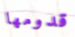
قدومها